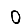
Digit: 0